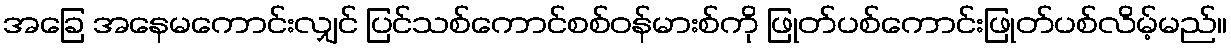
အခြေ အနေမကောင်းလျှင် ပြင်သစ်ကောင်စစ်ဝန်မားစ်ကို ဖြုတ်ပစ်ကောင်းဖြုတ်ပစ်လိမ့်မည်။